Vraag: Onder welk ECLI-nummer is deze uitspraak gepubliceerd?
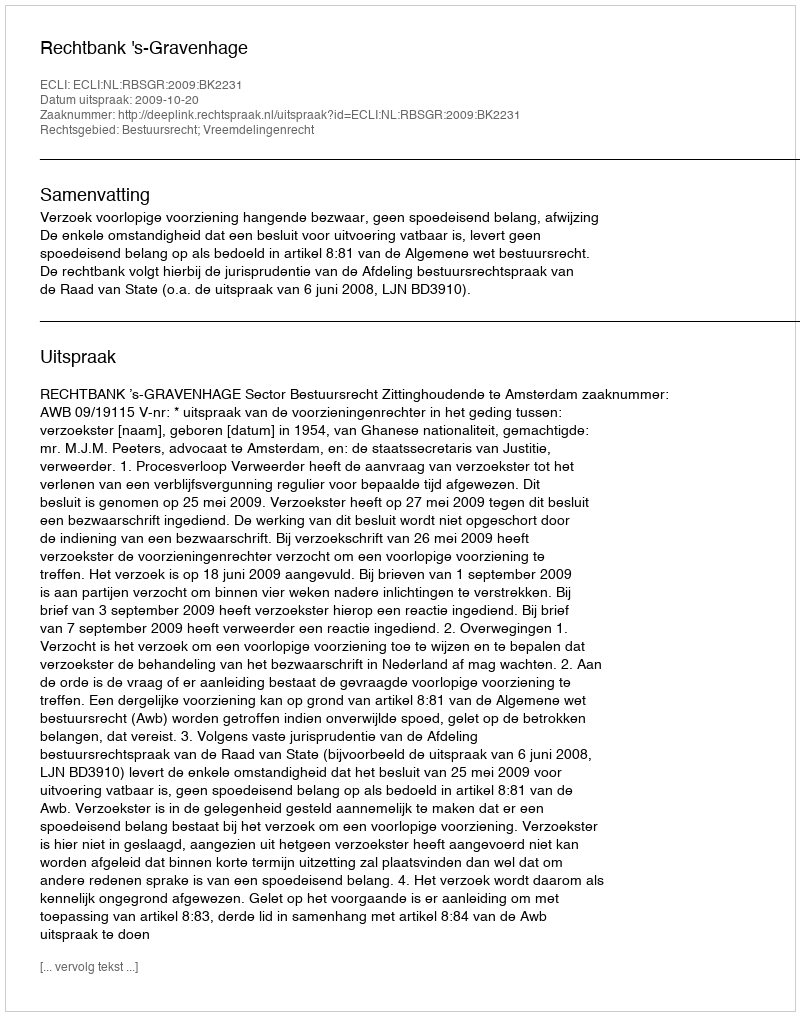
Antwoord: ECLI:NL:RBSGR:2009:BK2231